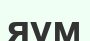
яум